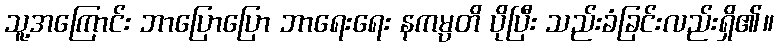
သူ့အကြောင်း ဘာပြောပြော ဘာရေးရေး နကမ္ပတိ ပိုပြီး သည်းခံခြင်းလည်းရှိ၏။